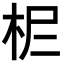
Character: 𣐓